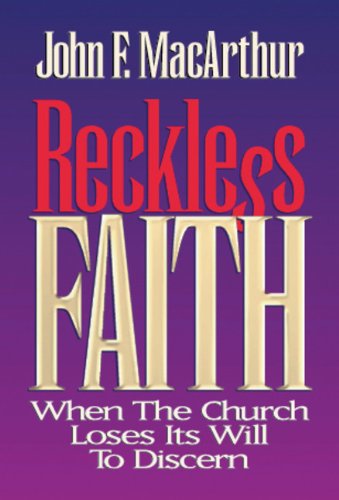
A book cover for Reckless Faith: When the Church Loses Its Will to Discern; John F. MacArthur; Christian Books & Bibles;